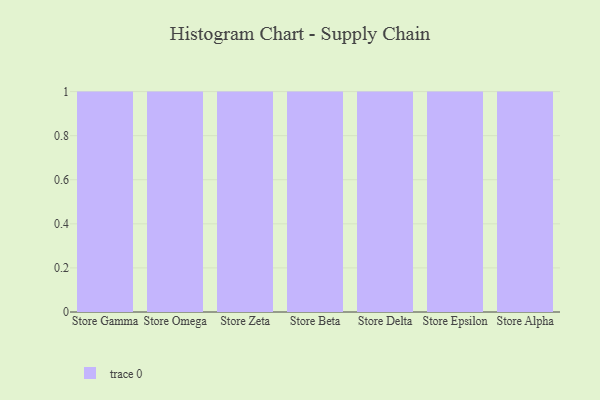
{"axis": {"x": "Store", "y": "Inventory Turnover"}, "legend": [""], "data": [{"x": "Store Gamma", "y": 58, "type": ""}, {"x": "Store Omega", "y": 60, "type": ""}, {"x": "Store Zeta", "y": 2, "type": ""}, {"x": "Store Beta", "y": 7, "type": ""}, {"x": "Store Delta", "y": 41, "type": ""}, {"x": "Store Epsilon", "y": 2, "type": ""}, {"x": "Store Alpha", "y": 77, "type": ""}]}